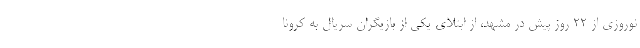
نوروزی از ۲۲ روز پیش در مشهد، از ابتلای یکی از بازیگران سریال به کرونا